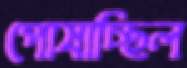
পোষাচ্ছিল